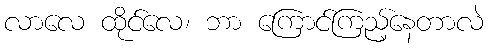
လာလေ ထိုင်လေ၊ ဘာ ကြောင်ကြည့်နေတာလဲ